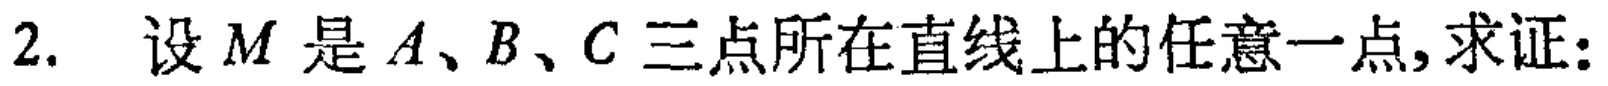
2. 设 \(M\) 是 \(A\)、\(B\)、\(C\) 三点所在直线上的任意一点, 求证: